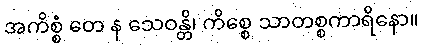
အကိစ္စံ တေ န သေဝန္တိ၊ ကိစ္စေ သာတစ္စကာရိနော။